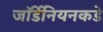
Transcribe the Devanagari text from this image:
जॉर्डेनियनकडे